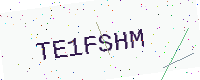
Text: TE1FSHM